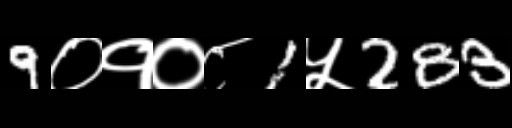
Text: 9०१०८1५283